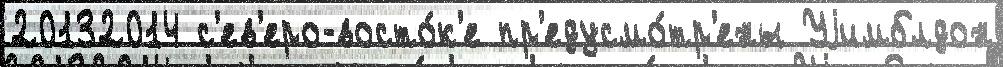
20132014 с'ев'еро-восто́к'е пр'едусмо́тр'ены Уjимблдон